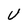
Character: U